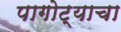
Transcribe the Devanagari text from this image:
पागोट्याचा